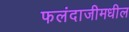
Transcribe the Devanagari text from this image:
फलंदाजीमधील